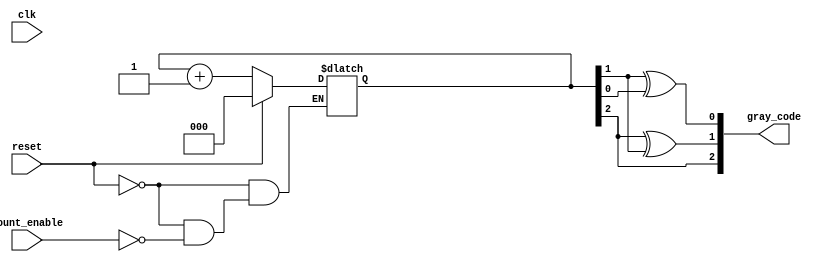
module gray_code_async_counter (
    input wire clk,          // Clock signal (not used for asynchronous operation)
    input wire reset,        // Asynchronous reset signal
    input wire count_enable, // Asynchronous count enable signal
    output reg [2:0] gray_code // 3-bit Gray code output
);

    // Internal binary counter
    reg [2:0] binary_count;

    // Gray code conversion function
    function [2:0] binary_to_gray;
        input [2:0] binary;
        begin
            binary_to_gray = {binary[2], binary[2] ^ binary[1], binary[1] ^ binary[0]};
        end
    endfunction

    // Asynchronous reset and counting logic
    always @* begin
        if (reset) begin
            binary_count = 3'b000; // Reset binary count to 0
        end else if (count_enable) begin
            binary_count = binary_count + 1; // Increment binary count
        end
    end

    // Convert binary count to Gray code
    always @* begin
        gray_code = binary_to_gray(binary_count);
    end

endmodule